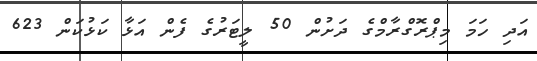
އަދި ހަމަ މިޕްރޮގްރާމްގެ ދަށުން 50 ލީޓަރުގެ ފެން އަޅާ ކަޅުކަން 623